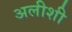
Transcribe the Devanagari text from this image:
अलीशी